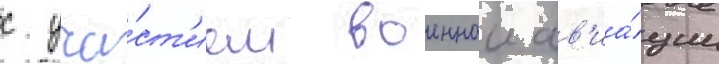
с уча́ст'ием военнои ав'иа́ции